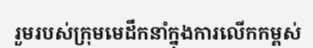
រួមរបស់ក្រុមមេដឹកនាំក្នុងការលើកកម្ពស់